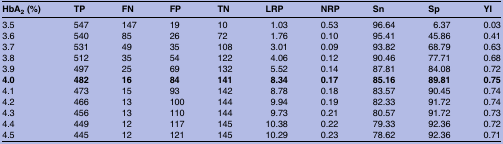
<table><thead><tr><td><b>HbA<sub>2</sub> (%)</b></td><td><b>TP</b></td><td><b>FN</b></td><td><b>FP</b></td><td><b>TN</b></td><td><b>LRP</b></td><td><b>NRP</b></td><td><b>Sn</b></td><td><b>Sp</b></td><td><b>YI</b></td></tr></thead><tbody><tr><td>3.5</td><td>547</td><td>147</td><td>19</td><td>10</td><td>1.03</td><td>0.53</td><td>96.64</td><td>6.37</td><td>0.03</td></tr><tr><td>3.6</td><td>540</td><td>85</td><td>26</td><td>72</td><td>1.76</td><td>0.10</td><td>95.41</td><td>45.86</td><td>0.41</td></tr><tr><td>3.7</td><td>531</td><td>49</td><td>35</td><td>108</td><td>3.01</td><td>0.09</td><td>93.82</td><td>68.79</td><td>0.63</td></tr><tr><td>3.8</td><td>512</td><td>35</td><td>54</td><td>122</td><td>4.06</td><td>0.12</td><td>90.46</td><td>77.71</td><td>0.68</td></tr><tr><td>3.9</td><td>497</td><td>25</td><td>69</td><td>132</td><td>5.52</td><td>0.14</td><td>87.81</td><td>84.08</td><td>0.72</td></tr><tr><td><b>4.0</b></td><td><b>482</b></td><td><b>16</b></td><td><b>84</b></td><td><b>141</b></td><td><b>8.34</b></td><td><b>0.17</b></td><td><b>85.16</b></td><td><b>89.81</b></td><td><b>0.75</b></td></tr><tr><td>4.1</td><td>473</td><td>15</td><td>93</td><td>142</td><td>8.78</td><td>0.18</td><td>83.57</td><td>90.45</td><td>0.74</td></tr><tr><td>4.2</td><td>466</td><td>13</td><td>100</td><td>144</td><td>9.94</td><td>0.19</td><td>82.33</td><td>91.72</td><td>0.74</td></tr><tr><td>4.3</td><td>456</td><td>13</td><td>110</td><td>144</td><td>9.73</td><td>0.21</td><td>80.57</td><td>91.72</td><td>0.73</td></tr><tr><td>4.4</td><td>449</td><td>12</td><td>117</td><td>145</td><td>10.38</td><td>0.22</td><td>79.33</td><td>92.36</td><td>0.72</td></tr><tr><td>4.5</td><td>445</td><td>12</td><td>121</td><td>145</td><td>10.29</td><td>0.23</td><td>78.62</td><td>92.36</td><td>0.71</td></tr></tbody></table>